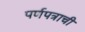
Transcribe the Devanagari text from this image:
पर्णपत्राची